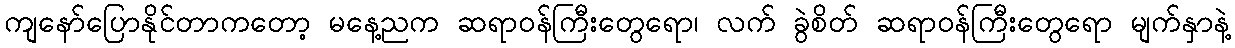
ကျနော်ပြောနိုင်တာကတော့ မနေ့ညက ဆရာဝန်ကြီးတွေရော၊ လက် ခွဲစိတ် ဆရာဝန်ကြီးတွေရော မျက်နှာနဲ့